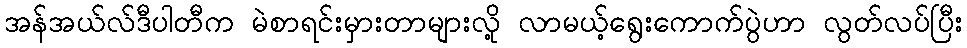
အန်အယ်လ်ဒီပါတီက မဲစာရင်းမှားတာများလို့ လာမယ့်ရွေးကောက်ပွဲဟာ လွတ်လပ်ပြီး